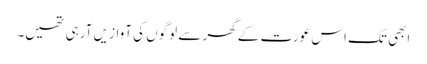
ابھی تک اس عورت کے گھر سے لوگوں کی آواز یں آرہی تھیں۔